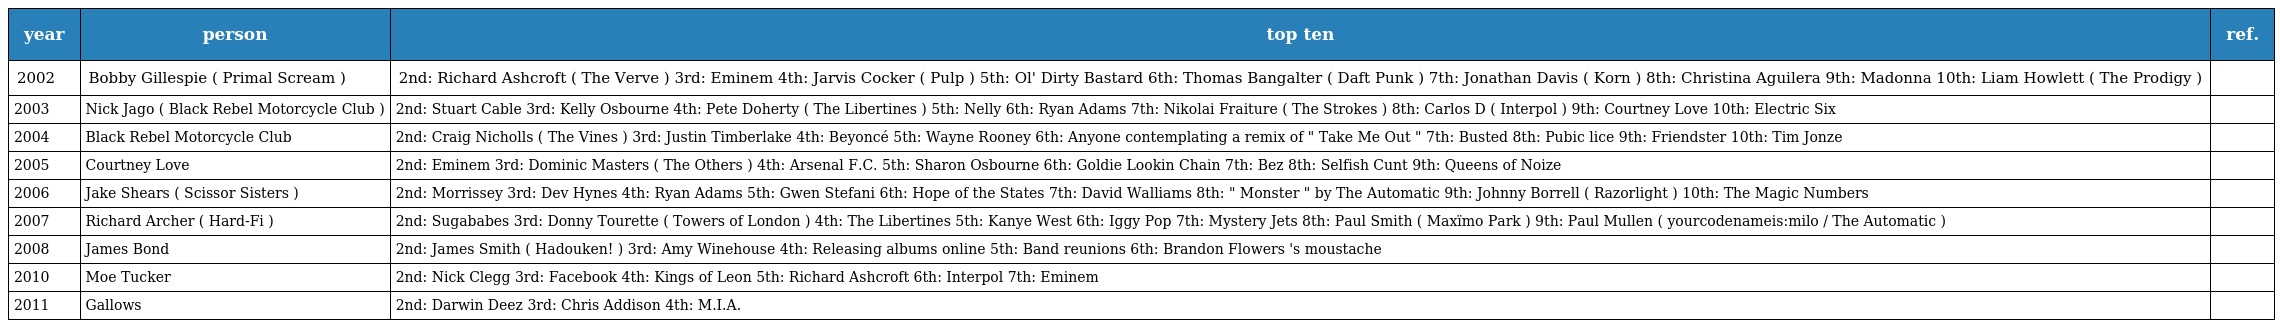
| year | person | top ten | ref. |
 | --- | --- | --- | --- |
 | 2002 | Bobby Gillespie ( Primal Scream ) | 2nd: Richard Ashcroft ( The Verve ) 3rd: Eminem 4th: Jarvis Cocker ( Pulp ) 5th: Ol' Dirty Bastard 6th: Thomas Bangalter ( Daft Punk ) 7th: Jonathan Davis ( Korn ) 8th: Christina Aguilera 9th: Madonna 10th: Liam Howlett ( The Prodigy ) |  |
 | 2003 | Nick Jago ( Black Rebel Motorcycle Club ) | 2nd: Stuart Cable 3rd: Kelly Osbourne 4th: Pete Doherty ( The Libertines ) 5th: Nelly 6th: Ryan Adams 7th: Nikolai Fraiture ( The Strokes ) 8th: Carlos D ( Interpol ) 9th: Courtney Love 10th: Electric Six |  |
 | 2004 | Black Rebel Motorcycle Club | 2nd: Craig Nicholls ( The Vines ) 3rd: Justin Timberlake 4th: Beyoncé 5th: Wayne Rooney 6th: Anyone contemplating a remix of " Take Me Out " 7th: Busted 8th: Pubic lice 9th: Friendster 10th: Tim Jonze |  |
 | 2005 | Courtney Love | 2nd: Eminem 3rd: Dominic Masters ( The Others ) 4th: Arsenal F.C. 5th: Sharon Osbourne 6th: Goldie Lookin Chain 7th: Bez 8th: Selfish Cunt 9th: Queens of Noize |  |
 | 2006 | Jake Shears ( Scissor Sisters ) | 2nd: Morrissey 3rd: Dev Hynes 4th: Ryan Adams 5th: Gwen Stefani 6th: Hope of the States 7th: David Walliams 8th: " Monster " by The Automatic 9th: Johnny Borrell ( Razorlight ) 10th: The Magic Numbers |  |
 | 2007 | Richard Archer ( Hard-Fi ) | 2nd: Sugababes 3rd: Donny Tourette ( Towers of London ) 4th: The Libertines 5th: Kanye West 6th: Iggy Pop 7th: Mystery Jets 8th: Paul Smith ( Maxïmo Park ) 9th: Paul Mullen ( yourcodenameis:milo / The Automatic ) |  |
 | 2008 | James Bond | 2nd: James Smith ( Hadouken! ) 3rd: Amy Winehouse 4th: Releasing albums online 5th: Band reunions 6th: Brandon Flowers 's moustache |  |
 | 2010 | Moe Tucker | 2nd: Nick Clegg 3rd: Facebook 4th: Kings of Leon 5th: Richard Ashcroft 6th: Interpol 7th: Eminem |  |
 | 2011 | Gallows | 2nd: Darwin Deez 3rd: Chris Addison 4th: M.I.A. |  |